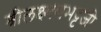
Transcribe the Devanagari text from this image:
श्रीलक्ष्मणभट्टजी